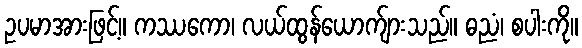
ဥပမာအားဖြင့်။ ကဿကော၊ လယ်ထွန်ယောက်ျားသည်။ ဓညံ၊ စပါးကို။